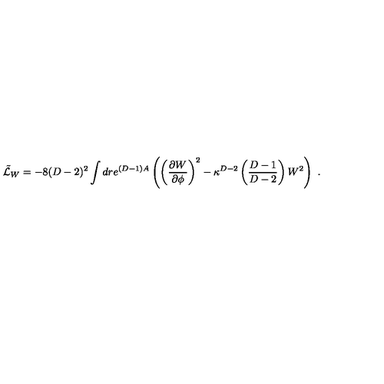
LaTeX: { \tilde { \cal L } } _ { W } = - 8 ( D - 2 ) ^ { 2 } \int d r e ^ { ( D - 1 ) A } \left( \left( { \frac { \partial W } { \partial \phi } } \right) ^ { 2 } - \kappa ^ { D - 2 } \left( { \frac { D - 1 } { D - 2 } } \right) W ^ { 2 } \right) \ .